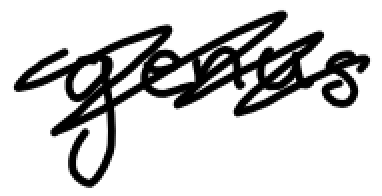
Text: genus
Cross-out: scratch
Writing tool: digital_black